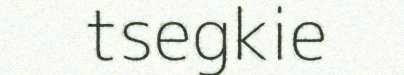
tsegkie